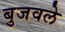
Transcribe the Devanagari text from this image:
बुजवले